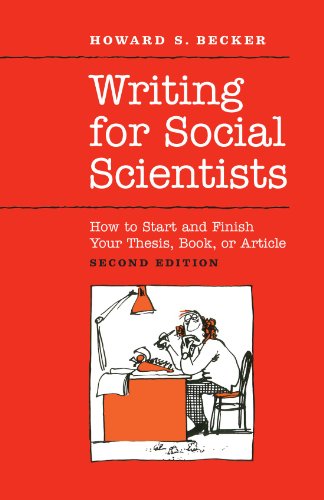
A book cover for Writing for Social Scientists: How to Start and Finish Your Thesis, Book, or Article: Second Edition (Chicago Guides to Writing, Editing, and Publishing); Howard S. Becker; Medical Books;